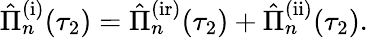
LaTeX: \begin{array}{r}{\hat{\Pi}_{n}^{\mathrm{(i)}}(\tau_{2})=\hat{\Pi}_{n}^{\mathrm{(ir)}}(\tau_{2})+\hat{\Pi}_{n}^{\mathrm{(ii)}}(\tau_{2}).}\end{array}